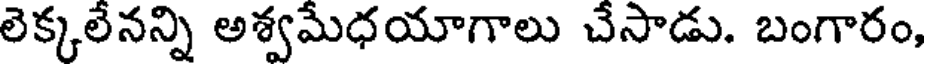
లెక్కలేనన్ని అశ్వమేధయాగాలు చేసాడు. బంగారం,